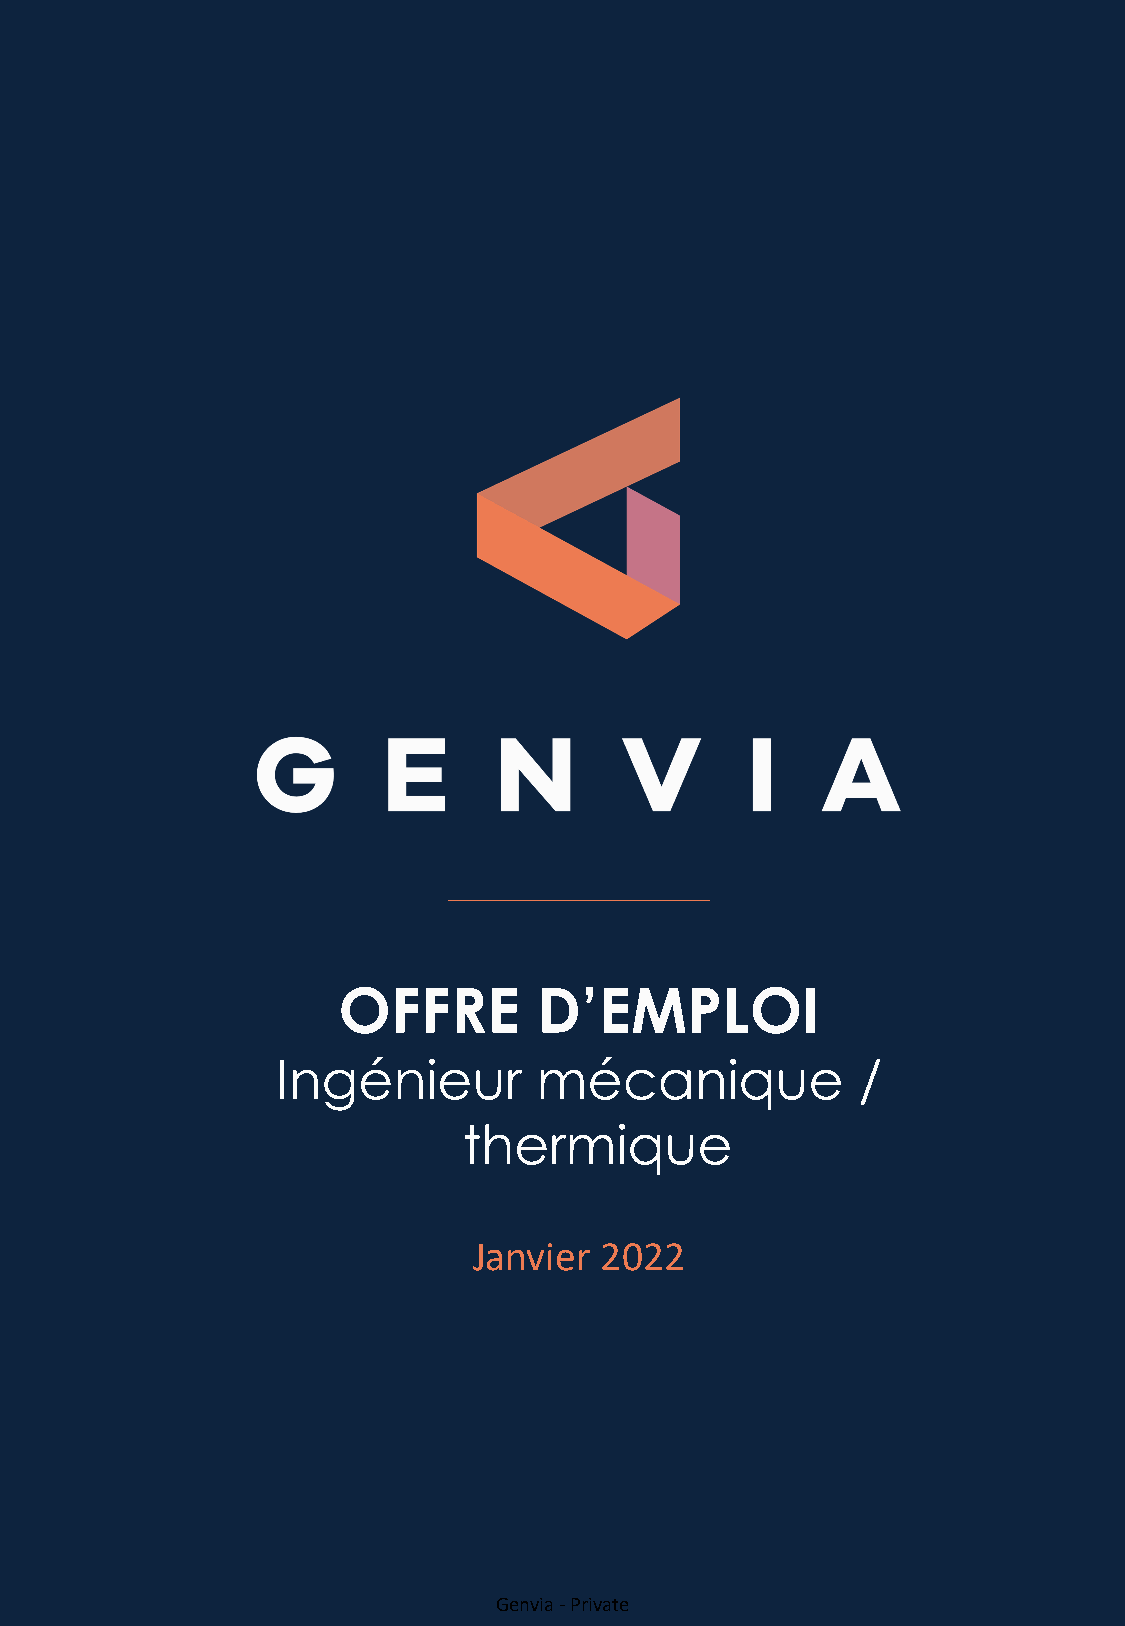
OFFRE         D’EMPLOI
 Ingénieur         mécanique            /
 thermique
 Janvier  2022
 Genvia -Private